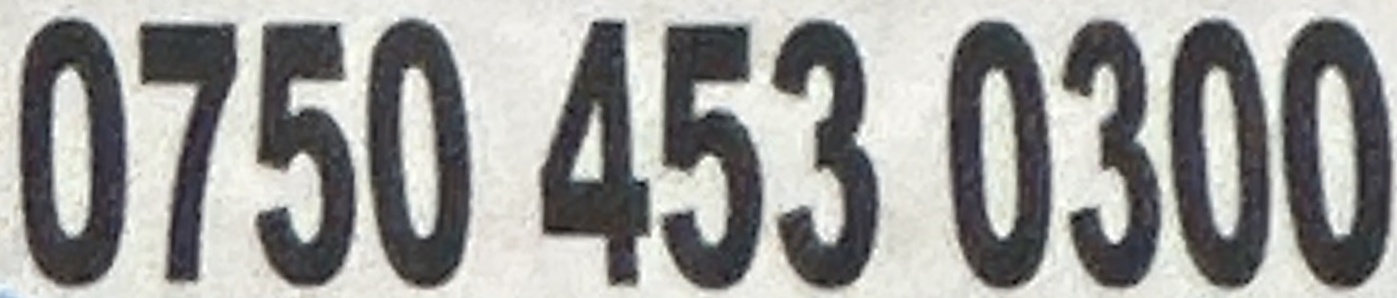
0750 453 0300